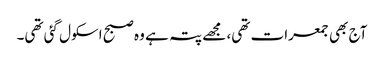
آج بھی جمعرات تھی، مجھے پتہ ہے وہ صبح اسکول گئی تھی۔